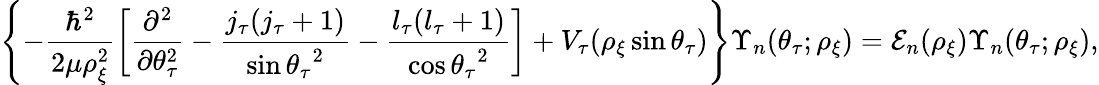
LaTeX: \left\{ -\frac{\hbar^{2}}{2\mu\rho_{\xi}^{2}}\left[\frac{\partial^{2}}{\partial\theta_{\tau}^{2}}-\frac{j_{\tau}(j_{\tau}+1)}{\sin{\theta_{\tau}}^{2}}-\frac{l_{\tau}(l_{\tau}+1)}{\cos{\theta_{\tau}}^{2}}\right]+V_{\tau}(\rho_{\xi}\sin{\theta_{\tau}})\right\} \Upsilon_{n}(\theta_{\tau};\rho_{\xi})=\mathcal{E}_{n}(\rho_{\xi})\Upsilon_{n}(\theta_{\tau};\rho_{\xi}),